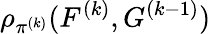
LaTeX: \rho_{\pi^{(k)}}(F^{(k)},G^{(k-1)})